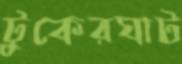
টুকেরঘাট